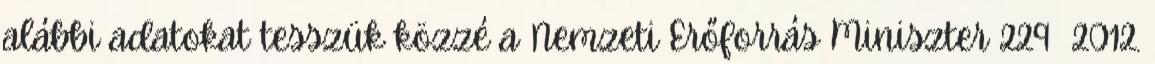
alábbi adatokat tesszük közzé a Nemzeti Erőforrás Miniszter 229 2012.